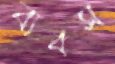
ব্যবস